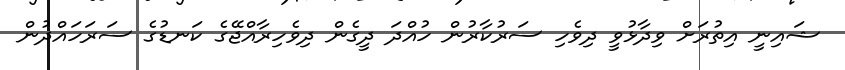
ޝައިނީ އިތުރަށް ވިދާޅުވީ ދިވެހި ސަރުކާރުން ހުއްދަ ދީގެން ދިވެހިރާއްޖޭގެ ކަނޑުގެ ސަރަހައްދުން